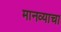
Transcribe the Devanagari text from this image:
मानव्याचा